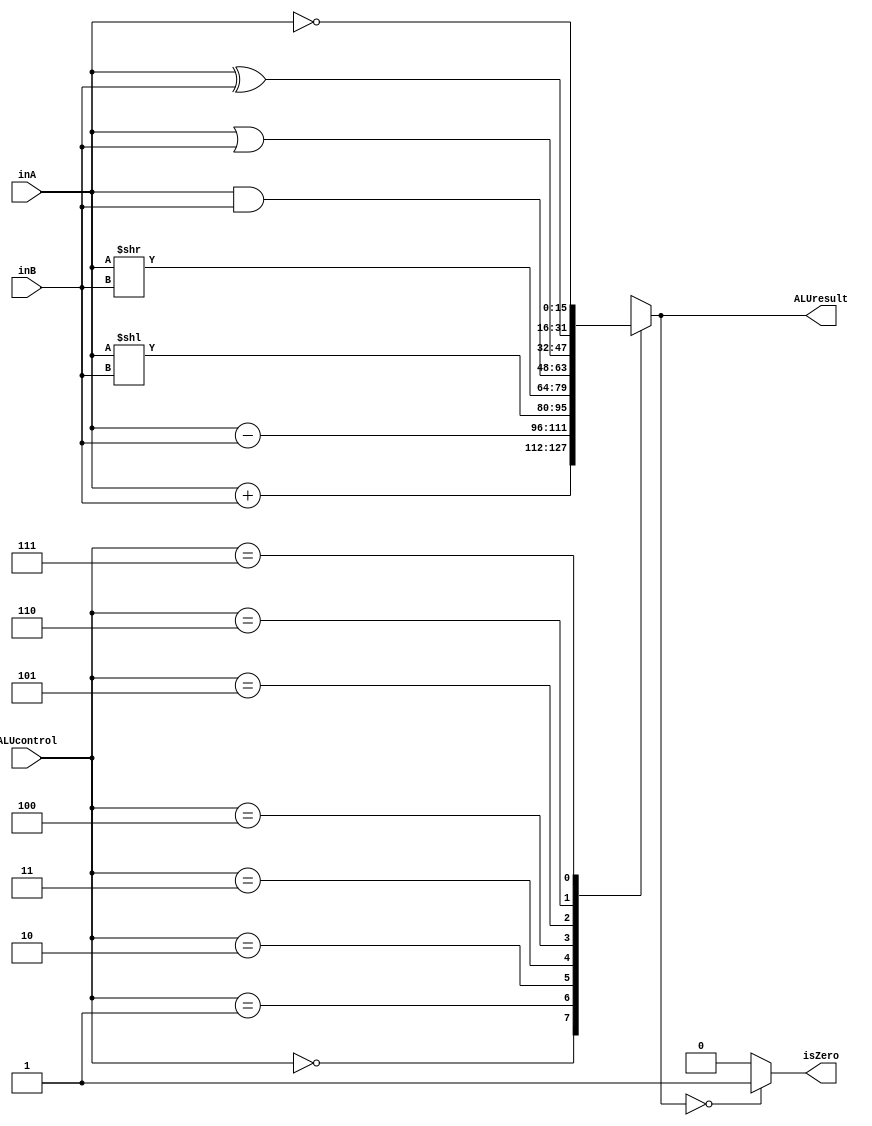
module ALU(inA, inB, ALUcontrol, ALUresult, isZero);
	input [15:0] inA, inB;
	input [2:0] ALUcontrol;
	output [15:0] ALUresult;
	output isZero;
	
	reg [15:0] ALUresult;
	wire isZero;
	always @(*) begin
		case(ALUcontrol)
			3'b000: //addition
				ALUresult = inA + inB;
			3'b001: //subtraction
				ALUresult = inA - inB;
			3'b010: //sll
				ALUresult = inA << inB;
			3'b011: //srl 
				ALUresult = inA >> inB;
			3'b100: //and
				ALUresult = inA & inB;
			3'b101: //or
				ALUresult = inA | inB;
			3'b110: //xor
				ALUresult = inA ^ inB;
			3'b111: //not
				ALUresult = ~inA;
		endcase
	end
	
	assign isZero = (ALUresult == 16'd0) ? 1 : 0;
endmodule